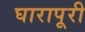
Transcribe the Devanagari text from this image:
घारापूरी